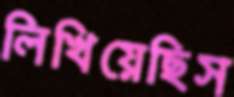
লিখিয়েছিস